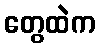
တွေထဲက